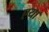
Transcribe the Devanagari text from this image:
एया